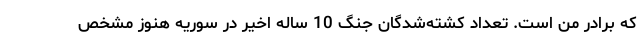
که برادر من است. تعداد کشته‌شدگان جنگ 10 ساله اخیر در سوریه هنوز مشخص